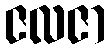
ဇလဇာ